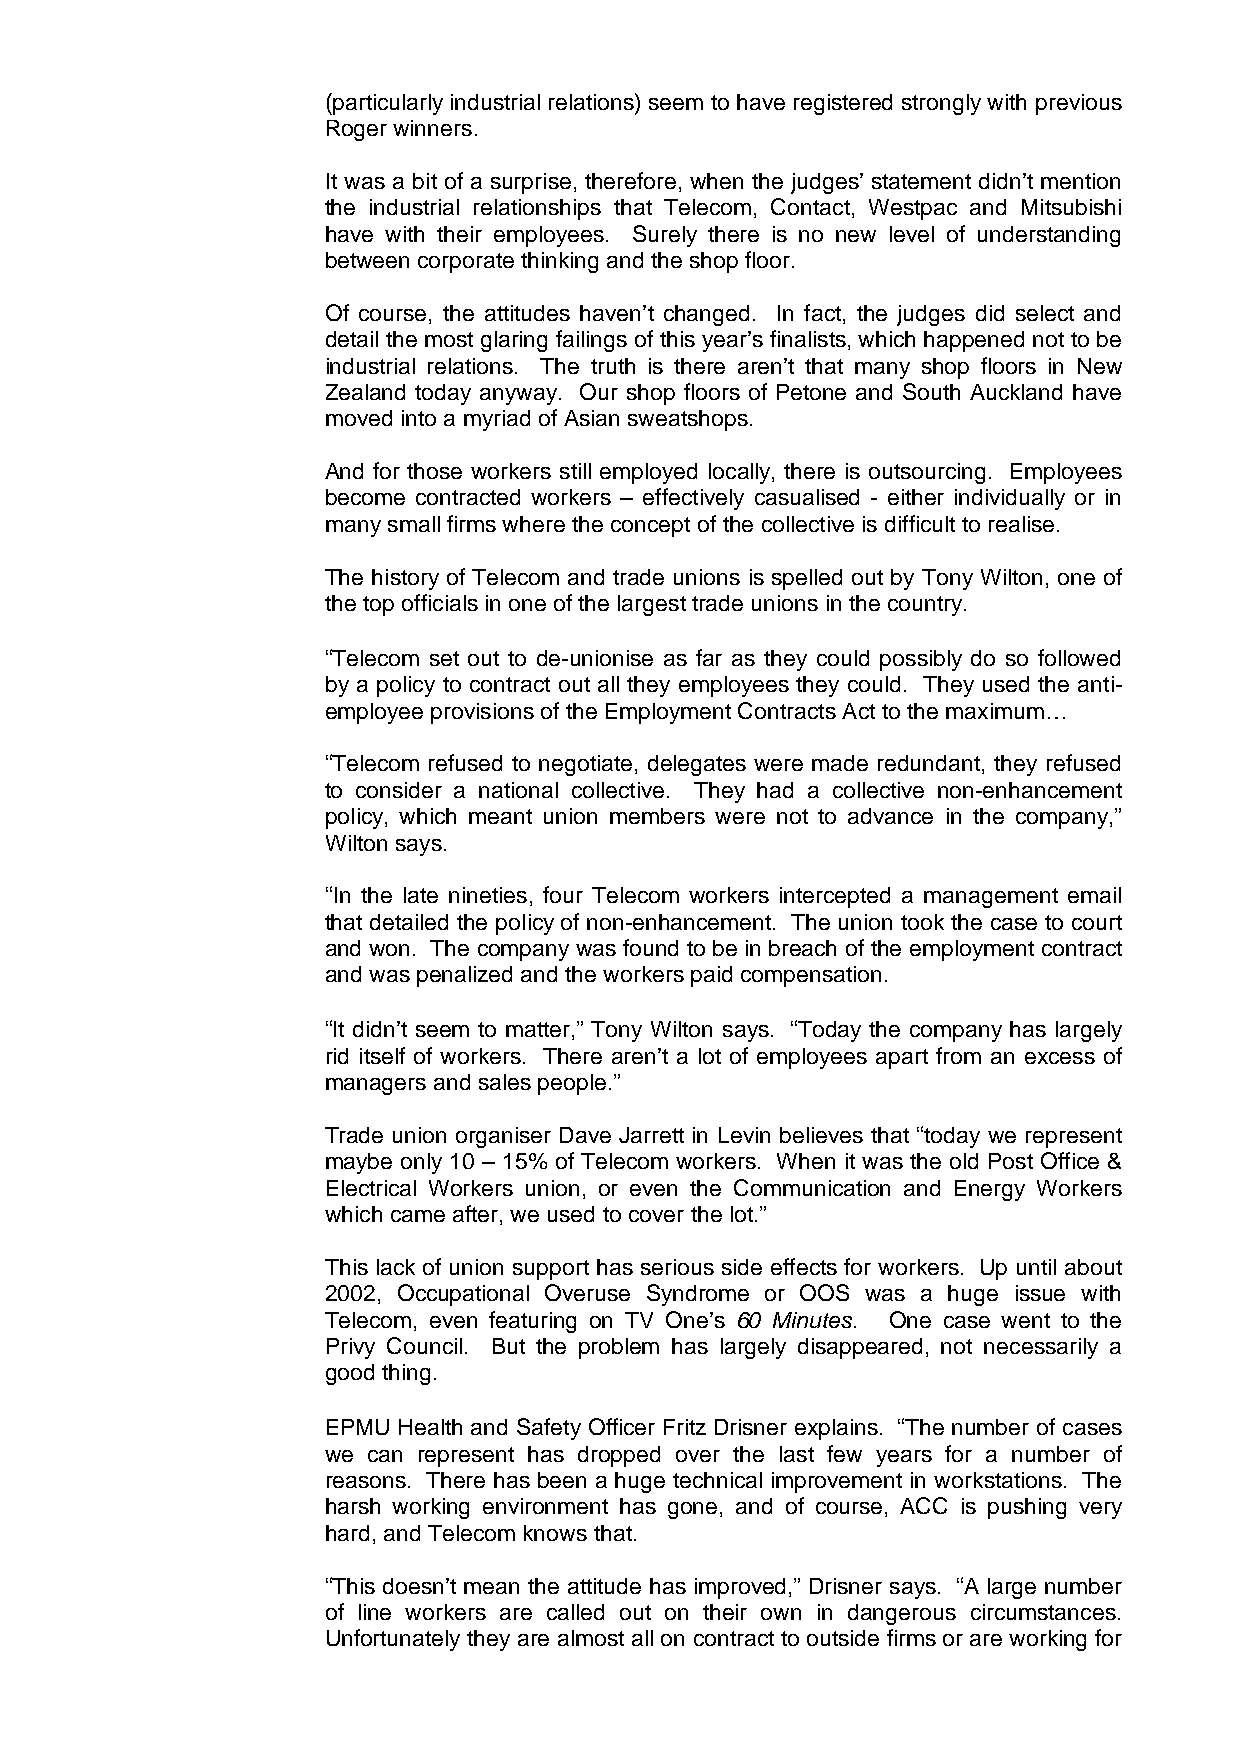
(particularly industrial relations) seem to have registered strongly with previous
 Roger winners.
 It was a bit of a surprise, therefore, when the judges’ statement didn’t mention
 the industrial relationships that Telecom, Contact, Westpac and Mitsubishi
 have with their employees. Surely there is no new level of understanding
 between corporate thinking and the shop floor.
 Of course, the attitudes haven’t changed. In fact, the judges did select and
 detail the most glaring failings of this year’s finalists, which happened not to be
 industrial relations. The truth is there aren’t that many shop floors in New
 Zealand today anyway. Our shop floors of Petone and South Auckland have
 moved into a myriad of Asian sweatshops.
 And for those workers still employed locally, there is outsourcing. Employees
 become contracted workers – effectively casualised - either individually or in
 many small firms where the concept of the collective is difficult to realise.
 The history of Telecom and trade unions is spelled out by Tony Wilton, one of
 the top officials in one of the largest trade unions in the country.
 “Telecom set out to de-unionise as far as they could possibly do so followed
 by a policy to contract out all they employees they could. They used the anti-
 employee provisions of the Employment Contracts Act to the maximum…
 “Telecom refused to negotiate, delegates were made redundant, they refused
 to consider a national collective. They had a collective non-enhancement
 policy, which meant union members were not to advance in the company,”
 Wilton says.
 “In the late nineties, four Telecom workers intercepted a management email
 that detailed the policy of non-enhancement. The union took the case to court
 and won. The company was found to be in breach of the employment contract
 and was penalized and the workers paid compensation.
 “It didn’t seem to matter,” Tony Wilton says. “Today the company has largely
 rid itself of workers. There aren’t a lot of employees apart from an excess of
 managers and sales people.”
 Trade union organiser Dave Jarrett in Levin believes that “today we represent
 maybe only 10 – 15% of Telecom workers. When it was the old Post Office &
 Electrical Workers union, or even the Communication and Energy Workers
 which came after, we used to cover the lot.”
 This lack of union support has serious side effects for workers. Up until about
 2002, Occupational Overuse Syndrome or OOS was a huge issue with
 Telecom, even featuring on TV One’s 60 Minutes. One case went to the
 Privy Council. But the problem has largely disappeared, not necessarily a
 good thing.
 EPMU Health and Safety Officer Fritz Drisner explains. “The number of cases
 we can represent has dropped over the last few years for a number of
 reasons. There has been a huge technical improvement in workstations. The
 harsh working environment has gone, and of course, ACC is pushing very
 hard, and Telecom knows that.
 “This doesn’t mean the attitude has improved,” Drisner says. “A large number
 of line workers are called out on their own in dangerous circumstances.
 Unfortunately they are almost all on contract to outside firms or are working for